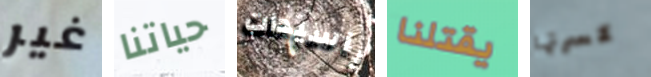
غير حياتنا ياسيدات يقتلنا كسرتها